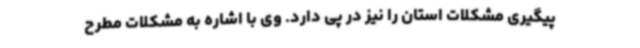
پیگیری مشکلات استان را نیز در پی دارد. وی با اشاره به مشکلات مطرح